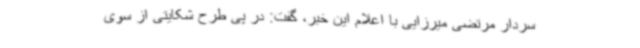
سردار مرتضی میرزایی با اعلام این خبر، گفت: در پی طرح شکایتی از سوی